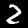
Label: 2